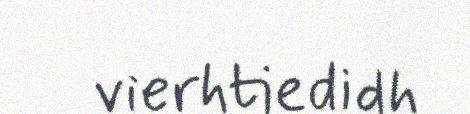
vierhtiedidh